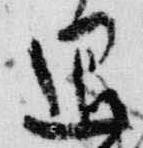
退